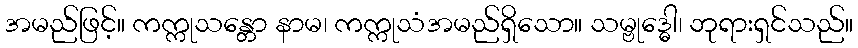
အမည်ဖြင့်။ ကက္ကုသန္တော နာမ၊ ကက္ကုသံအမည်ရှိသော။ သမ္ဗုဒ္ဓေါ၊ ဘုရားရှင်သည်။